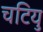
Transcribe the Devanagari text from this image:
चटियु